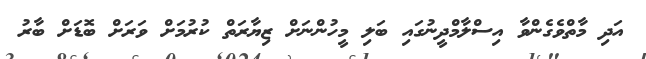
އަދި މާތްވެގެންވާ އިސްލާމްދީނުގައި ބަލި މީހުންނަށް ޒިޔާރަތް ކުރުމަށް ވަރަށް ބޮޑަށް ބާރު